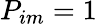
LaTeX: P_{im}=1